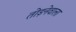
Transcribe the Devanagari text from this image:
तोड़नेवाला